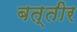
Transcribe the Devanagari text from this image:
बत्तीर